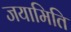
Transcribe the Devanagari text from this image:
जयामिति